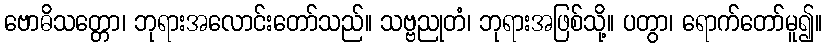
ဗောဓိသတ္တော၊ ဘုရားအလောင်းတော်သည်။ သဗ္ဗညုတံ၊ ဘုရားအဖြစ်သို့။ ပတွာ၊ ရောက်တော်မူ၍။